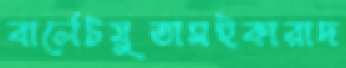
বার্লেটমুতাসইকারাদ